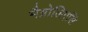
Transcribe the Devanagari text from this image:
मैग्नोलिएसि